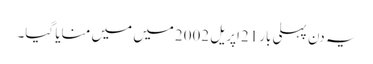
یہ دن پہلی بار21اپریل 2002میں میں منایا گیا۔